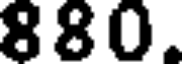
880.